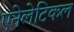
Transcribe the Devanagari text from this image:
एनेलेटिकल